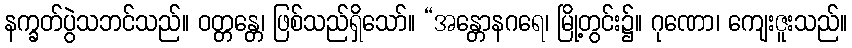
နက္ခတ်ပွဲသဘင်သည်။ ဝတ္တန္တေ၊ ဖြစ်သည်ရှိသော်။ “အန္တောနဂရေ၊ မြို့တွင်း၌။ ဂုဏော၊ ကျေးဇူးသည်။